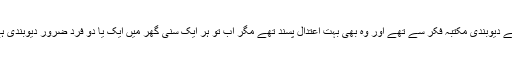
یہ نوجوان مجھے بتارہا تھا کہ ان کے گاؤں میں پہلے مشکل سے دس پندرہ گھرانے دیوبندی مکتبہ فکر سے تھے اور وہ بھی بہت اعتدال پسند تھے مگر اب تو ہر ایک سنی گھر میں ایک یا دو فرد ضرور دیوبندی ہے جبکہ ماضی میں لفظ وھابی جو گالی سمجھا جاتا تھا اب ایسا نہیں خیال کیا جاتا۔